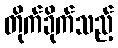
တိုက်ခိုက်သည့်